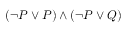
( \neg P \lor P ) \land ( \neg P \lor Q )